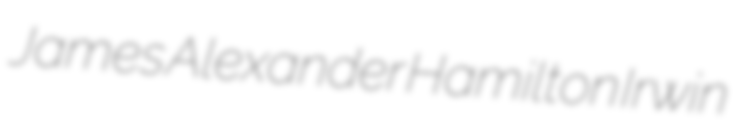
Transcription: James Alexander Hamilton Irwin